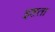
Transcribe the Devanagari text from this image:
इष्टता